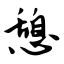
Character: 憩